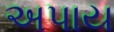
અપાય